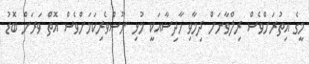
މީގެ އިތުރަށްވެސް ރިލްވާނަށް ދިމާވި ހާދިސާއަކީ މުޅި ނޫސްވެރިކަމަށްވެސް އޮތް ވަރަށް ބޮޑު